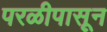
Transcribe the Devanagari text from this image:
परळीपासून